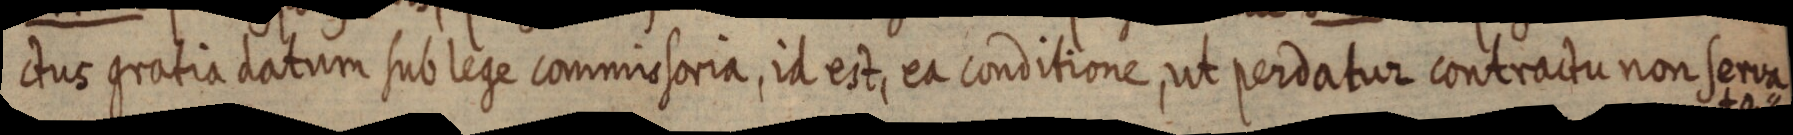
ctus gratia datum sub lege commissoria, id est, ea conditione, ut perdatur contractu non serva